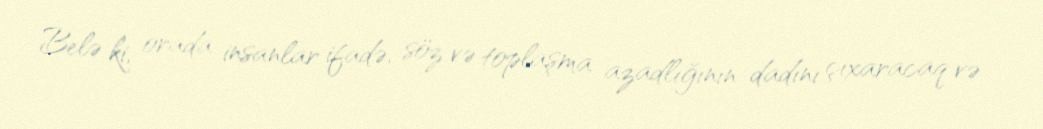
Belə ki, orada insanlar ifadə, söz və toplaşma azadlığının dadını çıxaracaq və